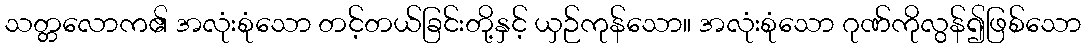
သတ္တလောက၏ အလုံးစုံသော တင့်တယ်ခြင်းတို့နှင့် ယှဉ်ကုန်သော။ အလုံးစုံသော ဂုဏ်ကိုလွန်၍ဖြစ်သော